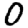
Digit: 0